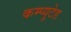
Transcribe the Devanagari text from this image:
कम्प्युटेड